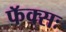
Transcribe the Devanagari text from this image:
फॅक्सः